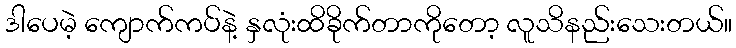
ဒါပေမဲ့ ကျောက်ကပ်နဲ့ နှလုံးထိခိုက်တာကိုတော့ လူသိနည်းသေးတယ်။